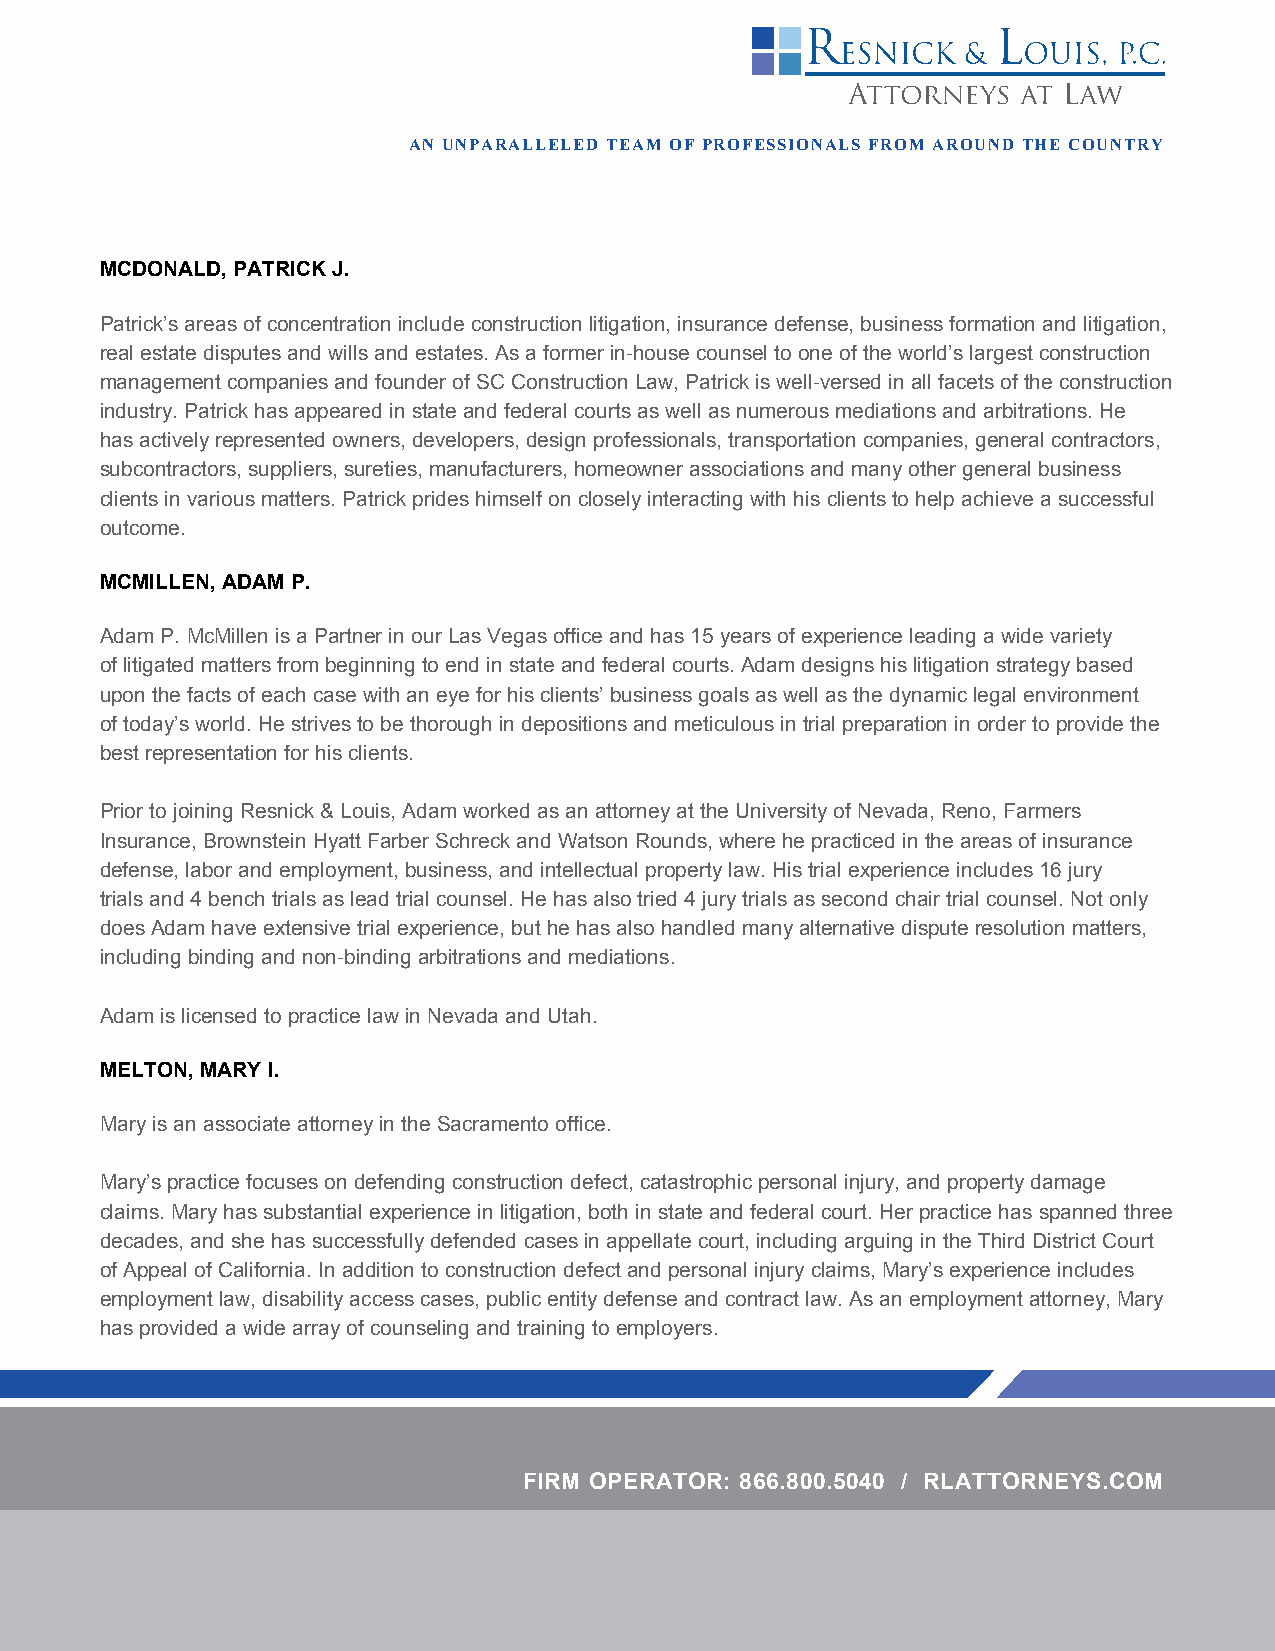
AN UNPARALLELED TEAM OF PROFESSIONALS FROM AROUND THE COUNTRY
 MCDONALD, PATRICK J.
 Patrick’s areas of concentration include construction litigation, insurance defense, business formation and litigation,
 real estate disputes and wills and estates. As a former in-house counsel to one of the world’s largest construction
 management companies and founder of SC Construction Law, Patrick is well-versed in all facets of the construction
 industry. Patrick has appeared in state and federal courts as well as numerous mediations and arbitrations. He
 has actively represented owners, developers, design professionals, transportation companies, general contractors,
 subcontractors, suppliers, sureties, manufacturers, homeowner associations and many other general business
 clients in various matters. Patrick prides himself on closely interacting with his clients to help achieve a successful
 outcome.
 MCMILLEN, ADAM P.
 Adam P. McMillen is a Partner in our Las Vegas office and has 15 years of experience leading a wide variety
 of litigated matters from beginning to end in state and federal courts. Adam designs his litigation strategy based
 upon the facts of each case with an eye for his clients’ business goals as well as the dynamic legal environment
 of today’s world. He strives to be thorough in depositions and meticulous in trial preparation in order to provide the
 best representation for his clients.
 Prior to joining Resnick & Louis, Adam worked as an attorney at the University of Nevada, Reno, Farmers
 Insurance, Brownstein Hyatt Farber Schreck and Watson Rounds, where he practiced in the areas of insurance
 defense, labor and employment, business, and intellectual property law. His trial experience includes 16 jury
 trials and 4 bench trials as lead trial counsel. He has also tried 4 jury trials as second chair trial counsel. Not only
 does Adam have extensive trial experience, but he has also handled many alternative dispute resolution matters,
 including binding and non-binding arbitrations and mediations.
 Adam is licensed to practice law in Nevada and Utah.
 MELTON, MARY I.
 Mary is an associate attorney in the Sacramento office.
 Mary’s practice focuses on defending construction defect, catastrophic personal injury, and property damage
 claims. Mary has substantial experience in litigation, both in state and federal court. Her practice has spanned three
 decades, and she has successfully defended cases in appellate court, including arguing in the Third District Court
 of Appeal of California. In addition to construction defect and personal injury claims, Mary’s experience includes
 employment law, disability access cases, public entity defense and contract law. As an employment attorney, Mary
 has provided a wide array of counseling and training to employers.
 FIRM OPERATOR: 866.800.5040 / RLATTORNEYS.COM